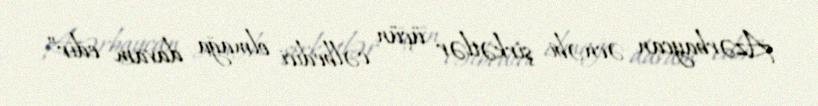
Azərbaycan əcnəbi şirkətlər üçün cəlbedici olmağa davam edir”.